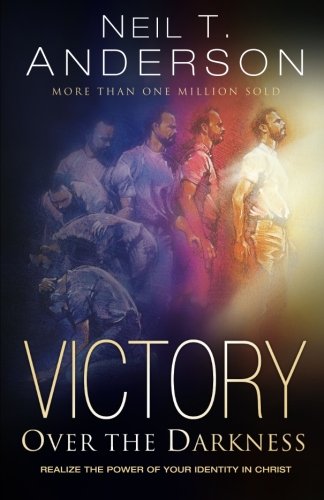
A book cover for Victory Over the Darkness: Realize the Power of Your Identity in Christ; Neil T. Anderson; Christian Books & Bibles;